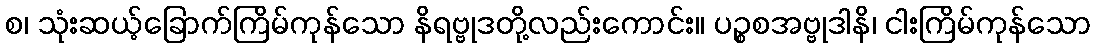
စ၊ သုံးဆယ့်ခြောက်ကြိမ်ကုန်သော နိရဗ္ဗုဒတို့လည်းကောင်း။ ပဉ္စစအဗ္ဗုဒါနိ၊ ငါးကြိမ်ကုန်သော